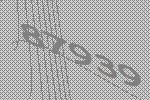
87939